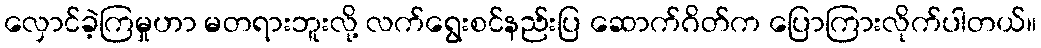
လှောင်ခဲ့ကြမှုဟာ မတရားဘူးလို့ လက်ရွေးစင်နည်းပြ ဆောက်ဂိတ်က ပြောကြားလိုက်ပါတယ်။